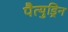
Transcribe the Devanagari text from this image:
पैत्युड्रिन